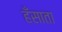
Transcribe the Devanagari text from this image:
हँसाता